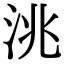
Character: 洮